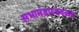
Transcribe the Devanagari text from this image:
सभामंडपजवळच